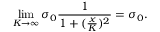
\operatorname* { l i m } _ { K \to \infty } \sigma _ { 0 } \frac { 1 } { 1 + ( \frac { x } { K } ) ^ { 2 } } = \sigma _ { 0 } .